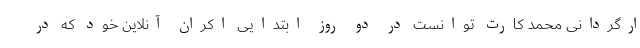
ارگردانی محمد کارت توانست در دو روز ابتدایی اکران آنلاین خود که در